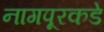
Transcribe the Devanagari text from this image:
नागपूरकडे